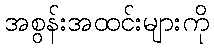
အစွန်းအထင်းများကို